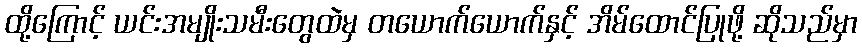
ထို့ကြောင့် ယင်းအမျိုးသမီးတွေထဲမှ တယောက်ယောက်နှင့် အိမ်ထောင်ပြုဖို့ ဆိုသည်မှာ